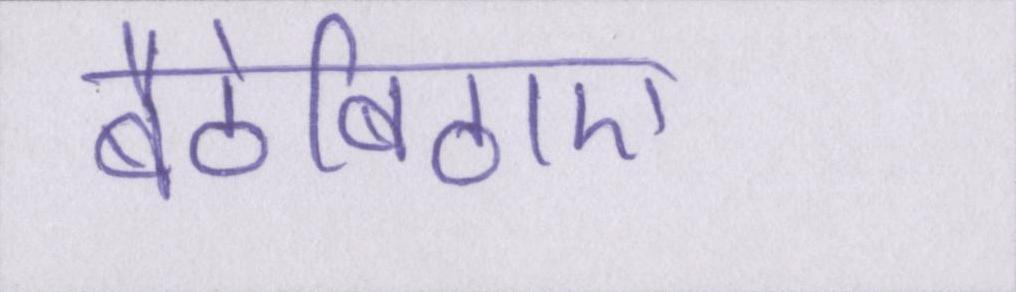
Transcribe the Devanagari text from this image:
बैठेबिठाए